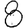
Digit: 8